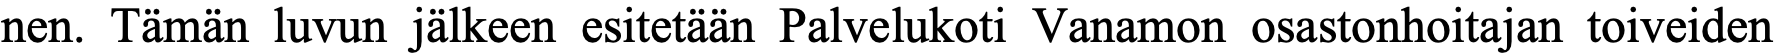
nen. Tämän luvun jälkeen esitetään Palvelukoti Vanamon osastonhoitajan toiveiden